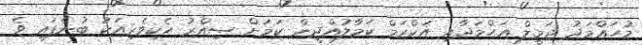
މުހައްމަދު ޖަމީލް އަހްމަދާއި އަކްރަމް ކަމާލުއްދީން ކަމަށް ސިއްރު ހެކިވެރިއަކު ބުނެފައި ވެ